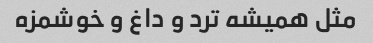
مثل همیشه ترد و داغ و خوشمزه